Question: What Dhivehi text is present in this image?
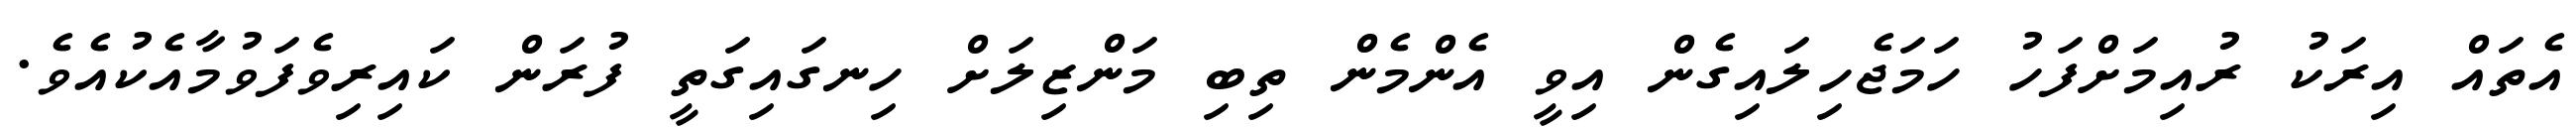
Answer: އެތައް އިރަކު ރުއިމަށްފަހު ހަމަޖެހިލައިގެން އިވީ އެންމެން ތިބި މަންޒިލަށް ހިނގައިގަތީ ފުރަން ކައިރިވެފަވުމާއެކުއެވެ.